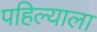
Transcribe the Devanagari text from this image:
पहिल्याला